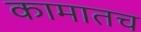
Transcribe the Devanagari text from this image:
कामातच